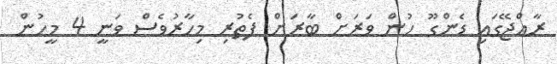
ރާއްޖޭގައި ޑެންގޫ ހުން ވަރަށް ބާރަށް ފެތުރި މިހާރުވެސް ވަނީ 4 މީހުން